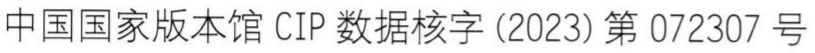
中国国家版本馆 CIP 数据核字 (2023) 第 072307 号